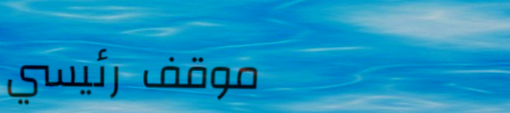
موقف رئيسي